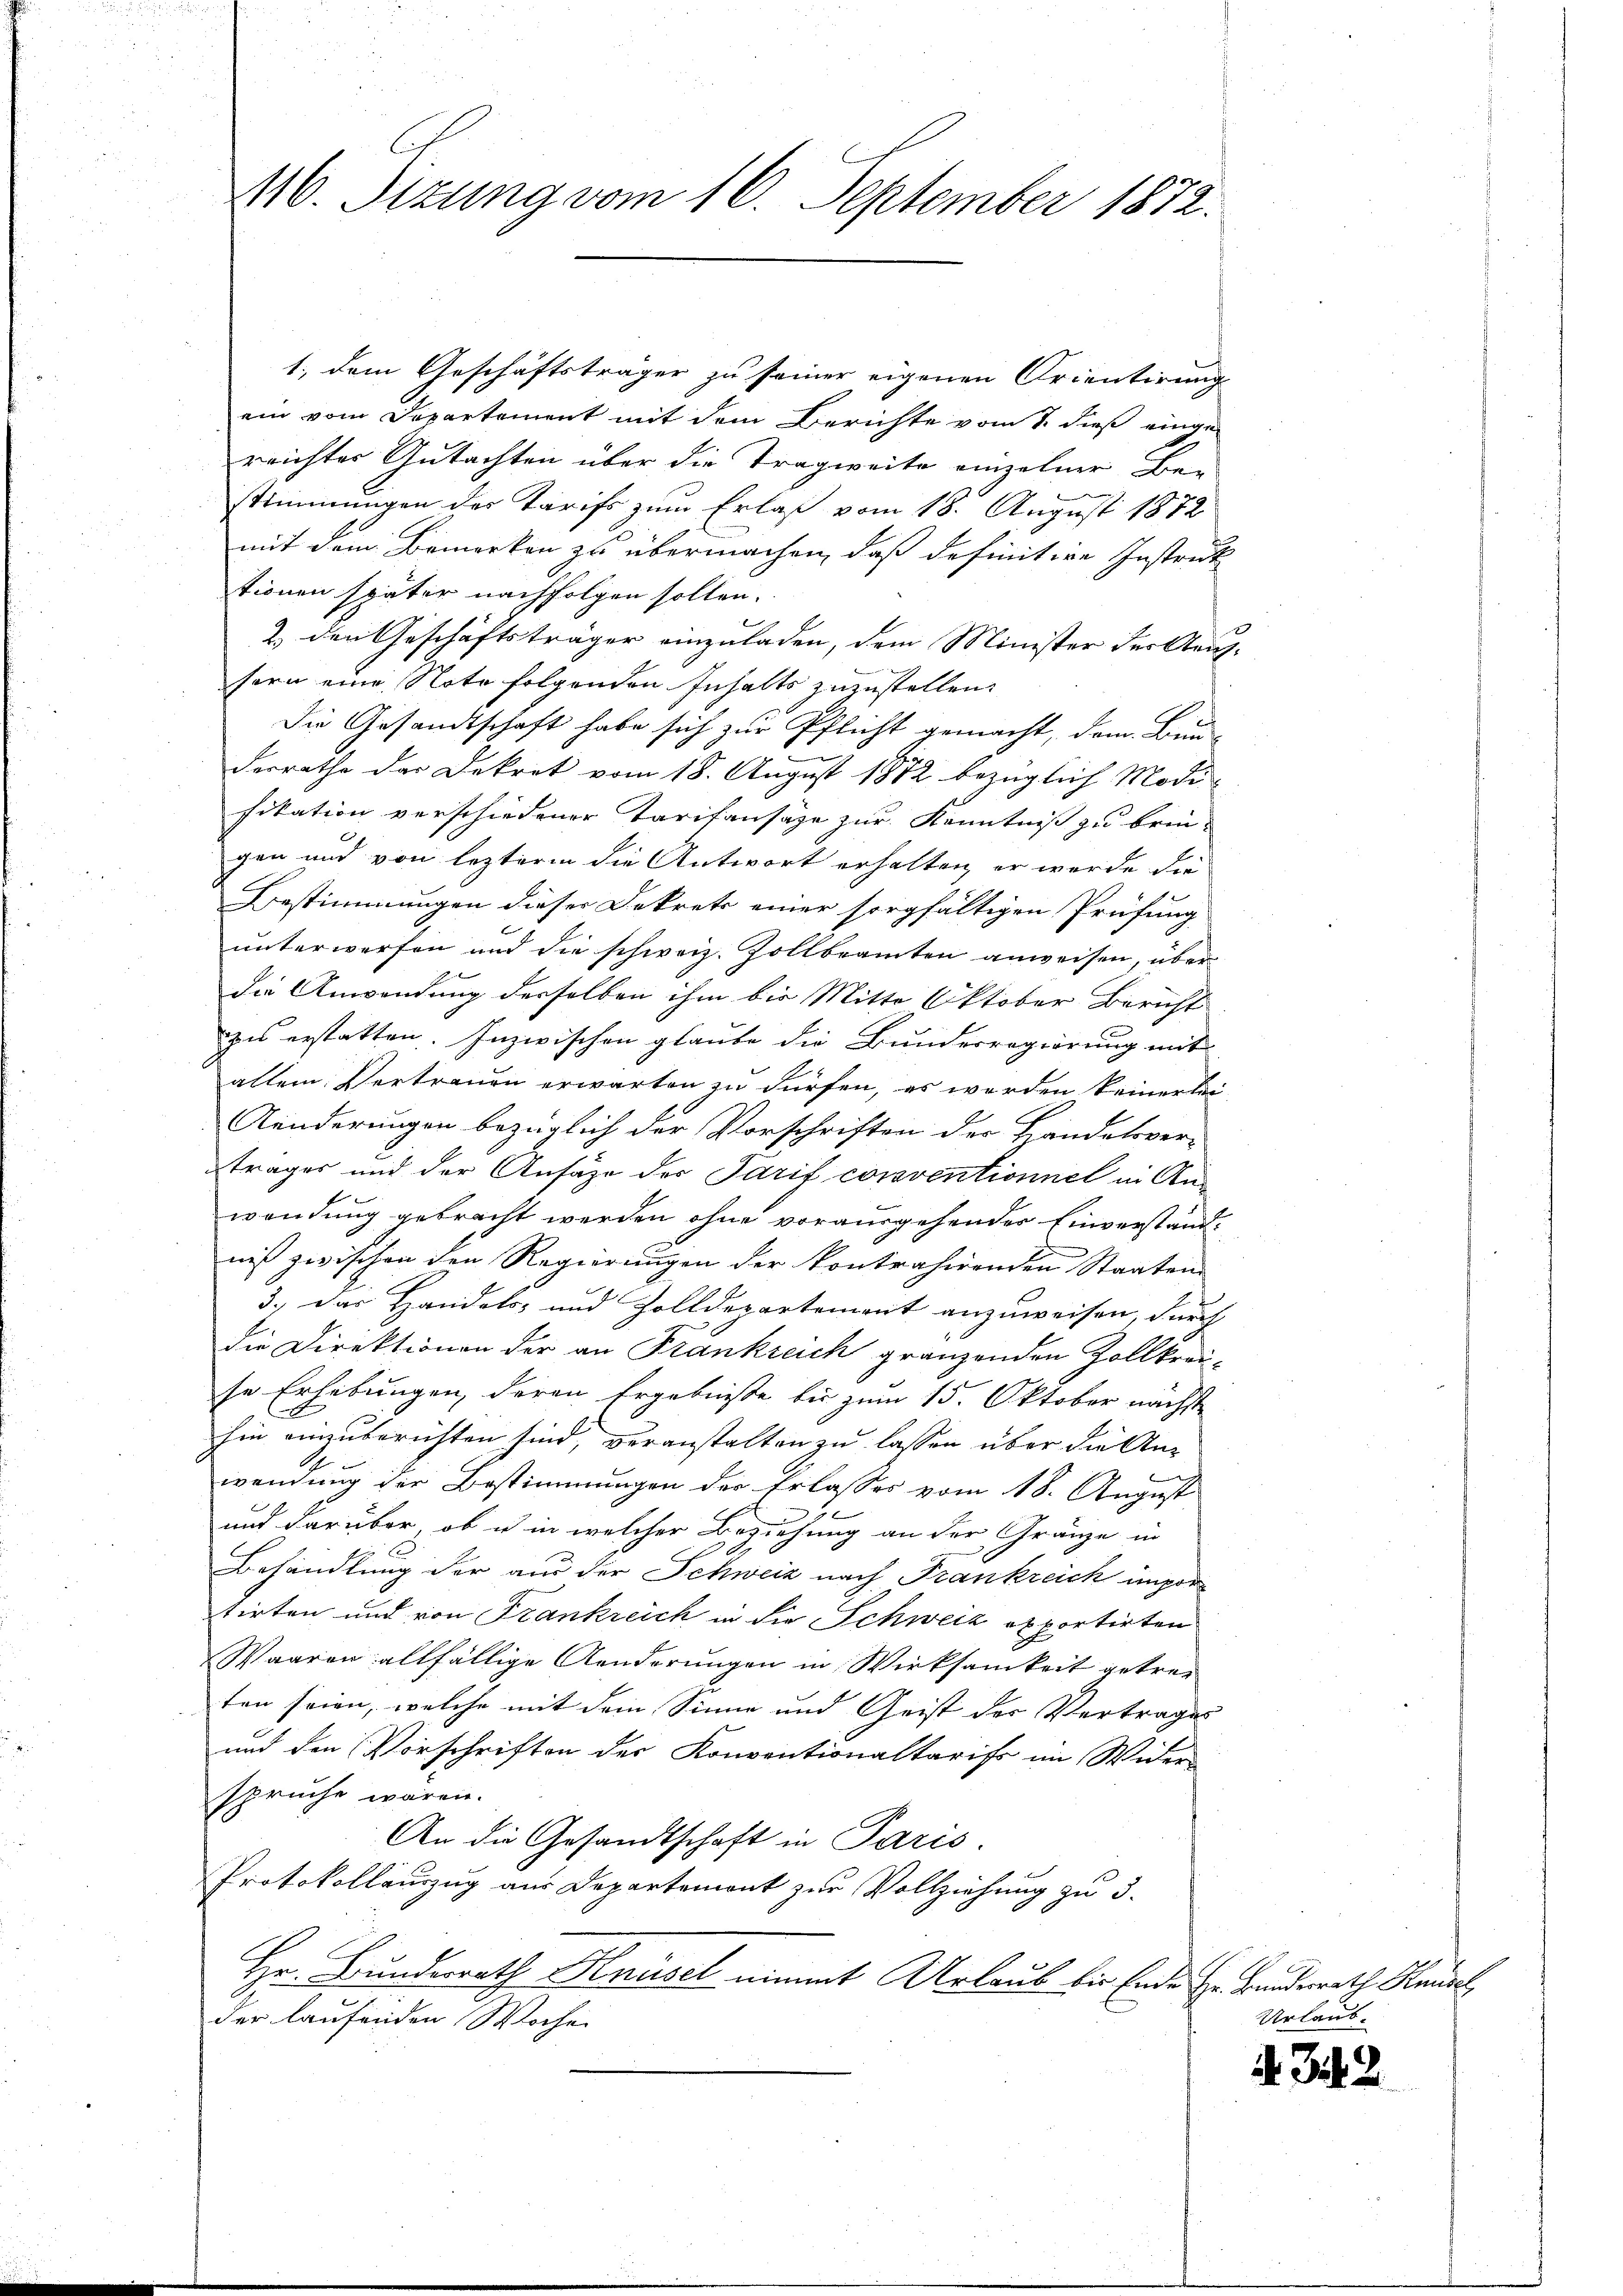
116. Sizung vom 16. September 1872.

1., dem Geschäftsträger zu seiner eigenen Orientirung
ein vom Departement mit dem Berichte vom 7. dieß einge-
reichter Gutachten über die Tragweite einzelner Be-
stimmungen des Tarifs zum Erlaß vom 18. August 1872
mit dem Bemerken zu übermachen, daß definitive Instruck
tionen später nachfolgen sollen.
2. den Geschäftsträger einzuladen, dem Minister der Kaufsern eine Note folgenden Inhalts zuzustellen.
Die Gesandtschaft habe sich zur Pflicht gemacht, dem Bun
derrathe der Dekret vom 18. August 1872 bezüglich Modi-
fikation verschiedener Tarifansaze zur Kenntniß zu bringen und von lezterm die Antwort erhalten, er wurde die
Bestimmungen dieser Dekrets einer sorgfältigen Prüfung
unterwerfen und die schweiz. Zollbeamten anweisen, über
die Anwendung derselben ihm bis Mitte Oktober Bericht
zu erstatten. Inzwischen glaube die Bundesregierung mit
allein Vertrauen erwarten zu dürfen, es werden keinerlei¬
Anderungen bezüglich der Vorschriften der Handelsver-
trages und der Ansähe der Tarif corsventionnel in Anwendung gebracht werden ohne vorausgehender Einverstandniß zwischen den Regierungen der kontrahirenden Staaten
3.) Das Handels- und Zolldepartement anzuweisen, durch
die Direktionen der an Frankreich gränzenden Zollkrau-
se Erhebungen, deren Ergebnisse bis zum 15. Oktober nächste
hin einzuberichten sind, veranstalten zu lassen über die Anwendung der Bestimmungen der Erlasses vom 18. August
u
und darüber, ob u in welcher Beziehung an der Gränze in
Behandlung der aus der Schweiz nach Frankreich impor
tirten und von Frankreich in die Schweiz exportirten
Waaren allfällige Aenderungen in Wirksamkeit getrei
ten seien, welche mit dem Sinne und Geist der Vertrages
und den Vorschriften des Konventionaltarifs im Wider-
spruche wären.
An die Gesandtschaft in Paris.
Protokollauszug aus Departemont zur Vollziehung zu 3.
Hr. Bundesrath Knüsel nimmt Urlaub bis Ende Hr. Bundesrath Kundel
der laufenden Woche

Urlaub.

i. Ich